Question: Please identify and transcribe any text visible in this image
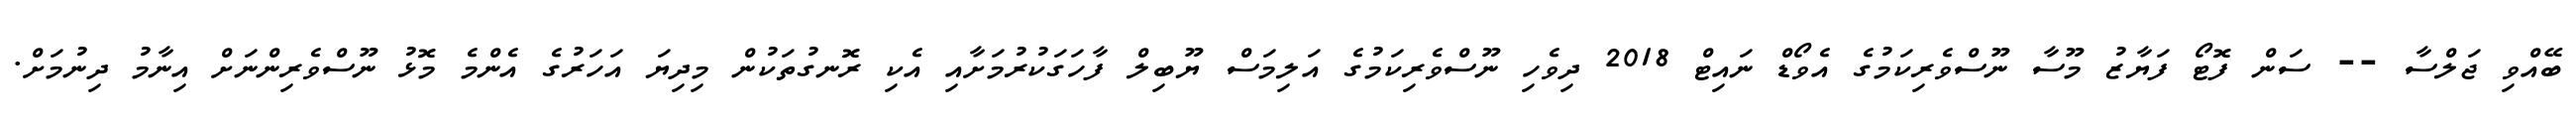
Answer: ބޭއްވި ޖަލްސާ -- ސަން ފޮޓޯ ފަޔާޒު މޫސާ ނޫސްވެރިކަމުގެ އެވޯޑް ނައިޓް 2018 ދިވެހި ނޫސްވެރިކަމުގެ އަލިމަސް ޔޫބިލް ފާހަގަކުރުމަށާއި އެކި ރޮނގުތަކުން މިދިޔަ އަހަރުގެ އެންމެ މޮޅު ނޫސްވެރިންނަށް އިނާމު ދިނުމަށް.